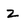
Character: z